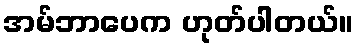
အမ်ဘာပေက ဟုတ်ပါတယ်။